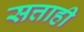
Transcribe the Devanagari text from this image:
सत्ताही